画像に写った文字を読んでください
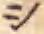
「シ」と書いてあります